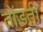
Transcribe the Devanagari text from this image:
तोंडती